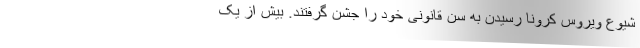
شیوع ویروس کرونا رسیدن به سن قانونی خود را جشن گرفتند. بیش از یک